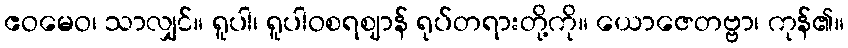
ဧဝမေဝ၊ သာလျှင်။ ရူပါ၊ ရူပါဝစရဈာန် ရုပ်တရားတို့ကို။ ယောဇေတဗ္ဗာ၊ ကုန်၏။